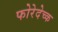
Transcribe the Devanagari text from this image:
फोरेदेच्क